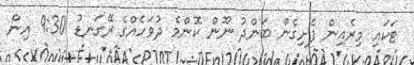
ޓަކައި މިރެއިން ފެށިގެން ބަންދު ނޫން ކޮންމެ ދުވަހެއްގެ ރޭގަނޑު 9:30 އިން